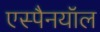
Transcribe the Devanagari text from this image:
एस्पैनयॉल